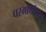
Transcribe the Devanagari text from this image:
परमार्थाबद्दल